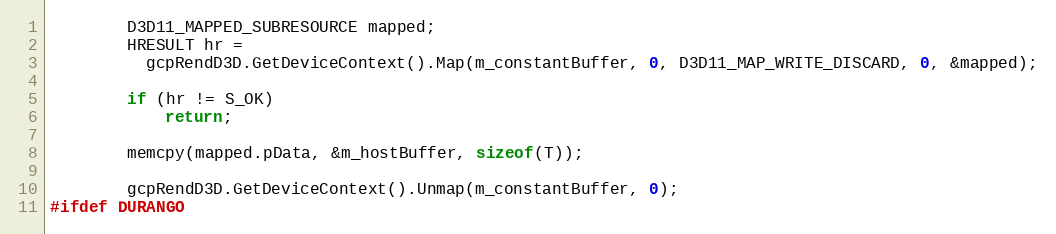
Language: C
		D3D11_MAPPED_SUBRESOURCE mapped;
		HRESULT hr =
		  gcpRendD3D.GetDeviceContext().Map(m_constantBuffer, 0, D3D11_MAP_WRITE_DISCARD, 0, &mapped);

		if (hr != S_OK)
			return;

		memcpy(mapped.pData, &m_hostBuffer, sizeof(T));

		gcpRendD3D.GetDeviceContext().Unmap(m_constantBuffer, 0);
#ifdef DURANGO